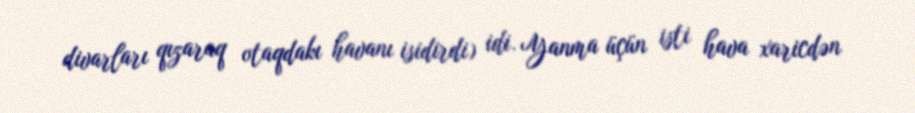
divarları qızaraq otaqdakı havanı isidirdi) idi. Yanma üçün isti hava xaricdən